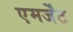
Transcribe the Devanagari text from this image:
एमर्जेंट